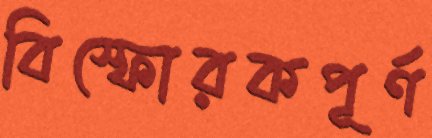
বিস্ফোরকপূর্ণ